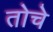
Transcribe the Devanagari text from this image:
तोचे